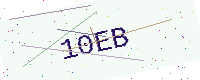
Text: 10EB